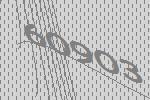
60903